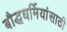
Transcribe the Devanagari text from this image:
बौद्धधर्मियांसाठी